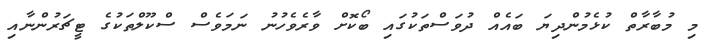
މި މުބާރާތް ކުޅެމުންދިޔަ ބައެއް ދުވަސްތަކުގައި ބޯކޮށް ވާރެވެހުނު ނަމަވެސް ސްކޫލްތަކުގެ ޓީޗަރުންނާއި